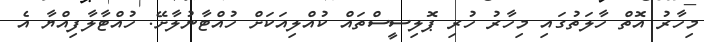
މިހާރު އޮތް ހާލަތުގައި މިހާރު ހުރި ޕޮލިސީސްތައް ކުއްލިއަކަށް ހުއްޓާނުލާށޭ. ހުއްޓާލާފިއްޔާ އެ